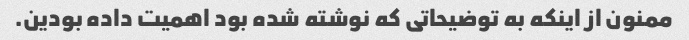
ممنون از اینکه به توضیحاتی که نوشته شده بود اهمیت داده بودین.